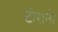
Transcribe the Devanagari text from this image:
टोरानो